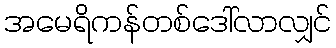
အမေရိကန်တစ်ဒေါ်လာလျှင်